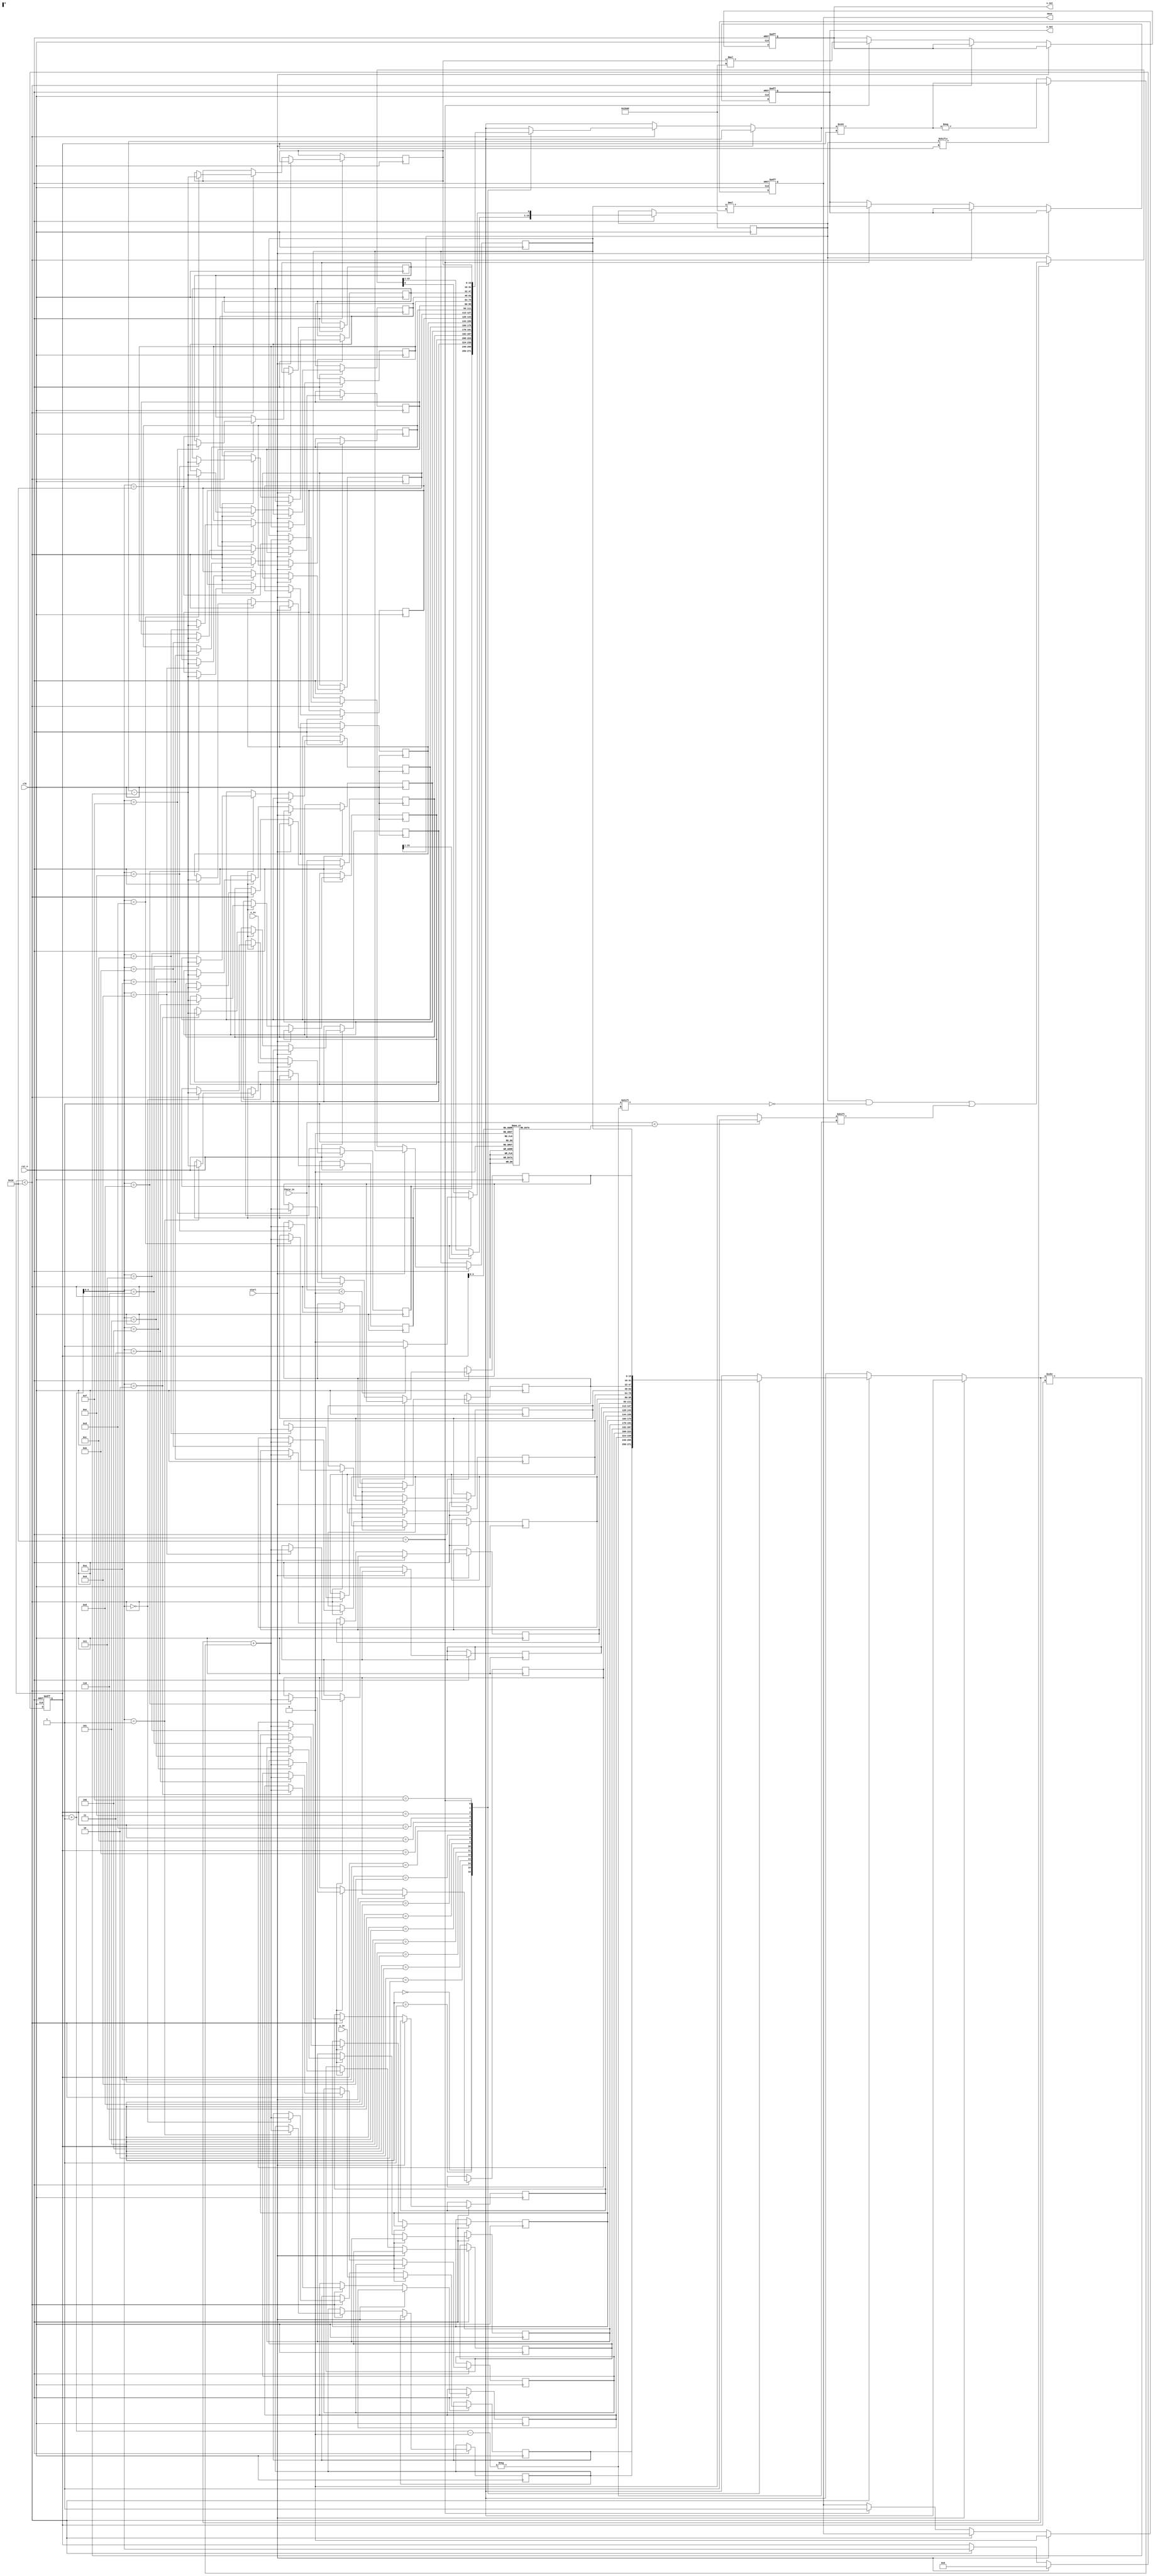
module pipeline_cordic #(
    parameter DATA_WIDTH = 16,
    parameter NUM_ITERATIONS = 16,
    parameter ANGLE_LUT_WIDTH = 16
)(
    input clk,
    input rst_n,
    input start,
    input [DATA_WIDTH-1:0] x_in,
    input [DATA_WIDTH-1:0] y_in,
    input [ANGLE_LUT_WIDTH-1:0] theta_in,
    output reg [DATA_WIDTH-1:0] x_out,
    output reg [DATA_WIDTH-1:0] y_out,
    output reg done
);

// CORDIC Control Logic
reg [ANGLE_LUT_WIDTH-1:0] theta [0:NUM_ITERATIONS-1];
reg [DATA_WIDTH-1:0] x [0:NUM_ITERATIONS], y [0:NUM_ITERATIONS];
reg [NUM_ITERATIONS-1:0] direction;
reg [4:0] count;

// Define scaling factor
localparam SCALING_FACTOR = 16'h26DD; // Scaling factor for CORDIC

// Initialize the angle look-up table
initial begin
    // You can populate your angle LUT here
    theta[0] = 16'h2000; // 0.785398 (45 degrees)
    theta[1] = 16'h1C71; // 0.463648 (27.5 degrees)
    // Add remaining angles...
end

always @(posedge clk or negedge rst_n) begin
    if (!rst_n) begin
        count <= 0;
        x_out <= 0;
        y_out <= 0;
        done <= 0;
    end else if (start) begin
        // Load initial values
        x[0] <= x_in;
        y[0] <= y_in;
        direction[0] <= (theta_in < 0) ? 1'b1 : 1'b0;
        done <= 0;
        count <= 0;
    end else if (count < NUM_ITERATIONS) begin
        // CORDIC computation
        x[count+1] <= x[count] - (direction[count] ? (y[count] >>> count) : (y[count] >>> count)); 
        y[count+1] <= y[count] + (direction[count] ? (x[count] >>> count) : -(x[count] >>> count));
        direction[count+1] <= (theta_in < theta[count]) ? 1'b1 : 1'b0;
        count <= count + 1;
    end else if (count == NUM_ITERATIONS) begin
        // Final output after scaling
        x_out <= x[NUM_ITERATIONS] * SCALING_FACTOR;
        y_out <= y[NUM_ITERATIONS] * SCALING_FACTOR;
        done <= 1'b1;
    end
end

endmodule